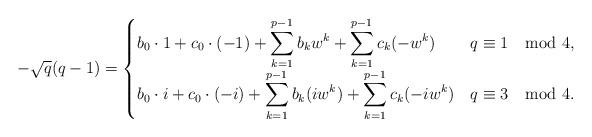
LaTeX: \begin{align*}-\sqrt{q}(q-1)=\begin{cases}b_0\cdot 1+ c_0\cdot(-1)+\displaystyle\sum_{k=1}^{p-1}b_kw^k+\sum_{k=1}^{p-1}c_k(-w^k) & q\equiv 1 \mod 4,\\b_0\cdot i+ c_0\cdot(-i)+\displaystyle\sum_{k=1}^{p-1}b_k(iw^k)+\sum_{k=1}^{p-1}c_k(-iw^k) & q\equiv 3 \mod 4. \end{cases}\end{align*}